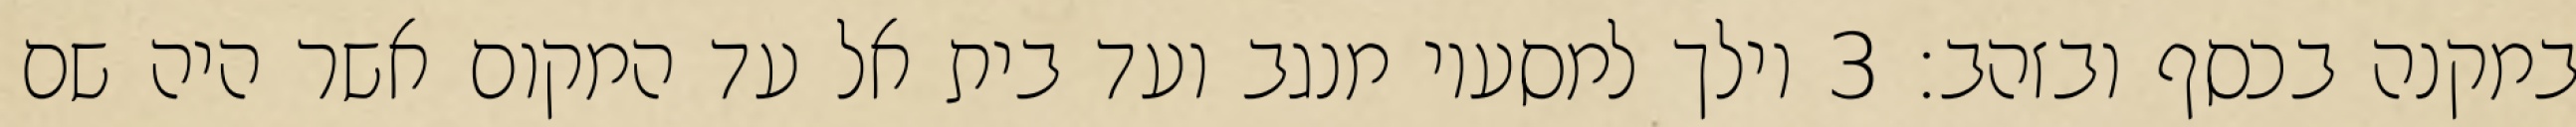
במקנה בכסף ובזהב׃ ‎3‏ וילך למסעיו מנגב ועד בית אל עד המקום אשר היה שם